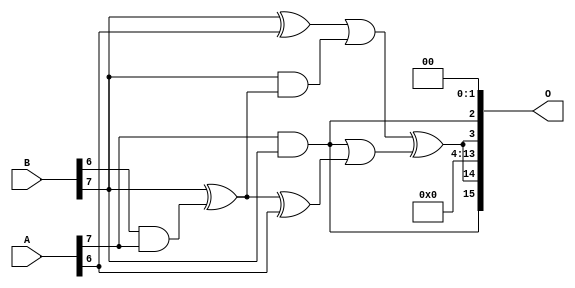
/***
* This code is a part of EvoApproxLib library (ehw.fit.vutbr.cz/approxlib) distributed under The MIT License.
* When used, please cite the following article(s): PRABAKARAN B. S., MRAZEK V., VASICEK Z., SEKANINA L., SHAFIQUE M. ApproxFPGAs: Embracing ASIC-based Approximate Arithmetic Components for FPGA-Based Systems. DAC 2020. 
***/
// MAE% = 7.51 %
// MAE = 4924 
// WCE% = 25.01 %
// WCE = 16388 
// WCRE% = 100.10 %
// EP% = 99.22 %
// MRE% = 59.60 %
// MSE = 38114.505e3 
// FPGA_POWER = 0.26
// FPGA_DELAY = 6.2
// FPGA_LUT = 1.0

module mul8u_17A6 (
    A,
    B,
    O
);

input [7:0] A;
input [7:0] B;
output [15:0] O;

wire sig_78,sig_218,sig_296,sig_298,sig_299,sig_305,sig_318,sig_411,sig_504;

assign sig_78 = B[6] & A[7];
assign sig_218 = B[7] ^ sig_78;
assign sig_296 = sig_218 ^ A[6];
assign sig_298 = A[7] & B[7];
assign sig_299 = B[7] ^ A[6];
assign sig_305 = B[7] & sig_218;
assign sig_318 = sig_299 | sig_305;
assign sig_411 = sig_298 | sig_296;
assign sig_504 = sig_318 ^ sig_411;

assign O[15] = sig_298;
assign O[14] = sig_504;
assign O[13] = 1'b0;
assign O[12] = 1'b0;
assign O[11] = 1'b0;
assign O[10] = 1'b0;
assign O[9] = 1'b0;
assign O[8] = 1'b0;
assign O[7] = 1'b0;
assign O[6] = 1'b0;
assign O[5] = 1'b0;
assign O[4] = 1'b0;
assign O[3] = sig_504;
assign O[2] = sig_298;
assign O[1] = 1'b0;
assign O[0] = 1'b0;

endmodule